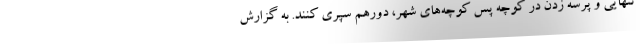
تنهایی و پرسه زدن در کوچه پس کوچه‌های شهر، دورهم سپری کنند. به گزارش